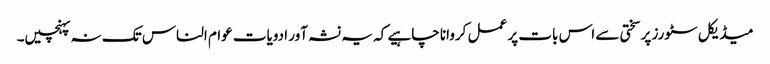
میڈیکل سٹورز پر سختی سے اس بات پر عمل کروانا چاہیے کہ یہ نشہ آور ادویات عوام الناس تک نہ پہنچیں۔